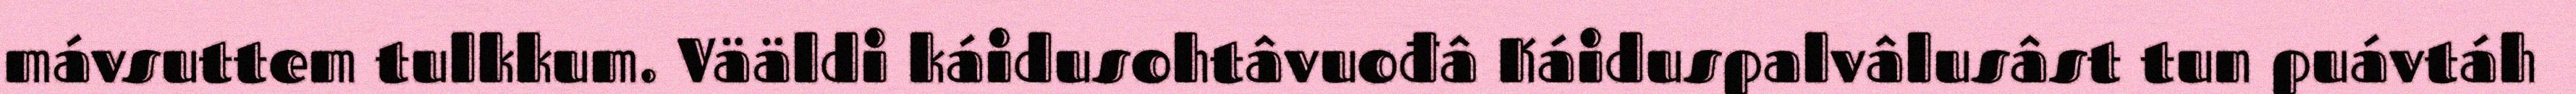
mávsuttem tulkkum. Vääldi káidusohtâvuođâ Káiduspalvâlusâst tun puávtáh